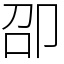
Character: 卲